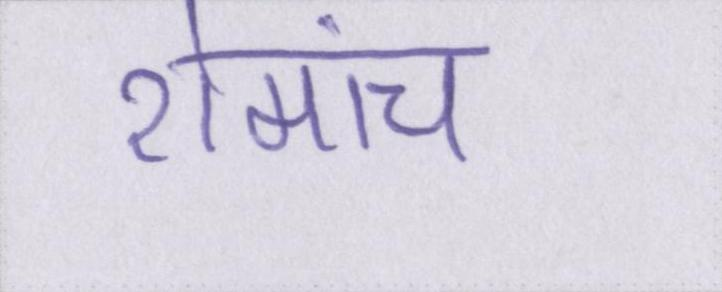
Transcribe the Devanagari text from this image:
रोमांच